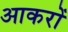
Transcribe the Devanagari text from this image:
आकरों